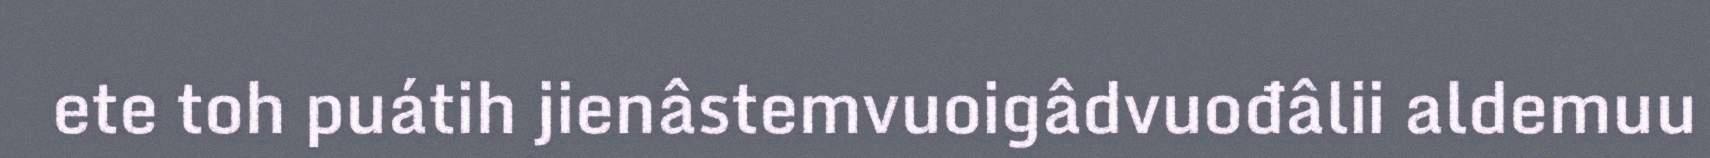
ete toh puátih jienâstemvuoigâdvuođâlii aldemuu